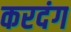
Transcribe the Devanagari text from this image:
करदंग